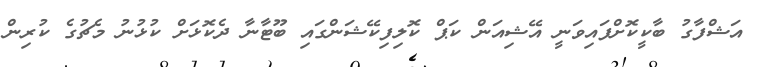
އަޝްފާގު ބާކީކޮށްފައިވަނީ އޭޝިއަން ކަޕް ކޮލިފިކޭޝަންގައި ބޫޓާނާ ދެކޮޅަށް ކުޅުނު މެޗުގެ ކުރިން